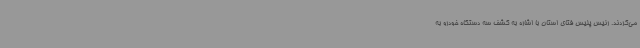
می‌کردند. رئیس پلیس فتای استان با اشاره به کشف سه دستگاه خودرو به